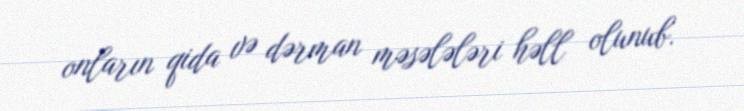
onların qida və dərman məsələləri həll olunub.